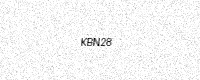
Text: KBN28